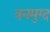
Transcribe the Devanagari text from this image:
वनमुग्द